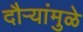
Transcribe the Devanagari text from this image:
दौर्‍यांमुळे